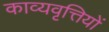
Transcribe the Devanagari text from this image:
काव्यवृत्तियों